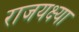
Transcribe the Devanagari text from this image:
राजयक्ष्या